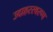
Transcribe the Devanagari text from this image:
उदाहरस्वरूप